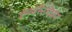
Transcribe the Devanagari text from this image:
इंसवेस्टिगेशन